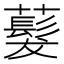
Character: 𬟂